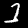
Label: 1